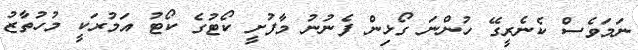
ނަމަވެސް ކެނެރީގޭ ހުންނަ ގޯޅިން ފެނުނު މާފުށީ ކޯޓުގެ ކޯޓު އަމުރަކީ މުހުތާޒު